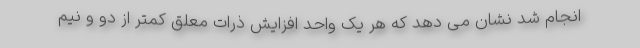
انجام شد نشان می دهد که هر یک واحد افزایش ذرات معلق کمتر از دو و نیم